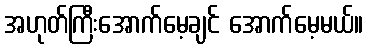
အဟုတ်ကြီးအောက်မေ့ချင် အောက်မေ့မယ်။